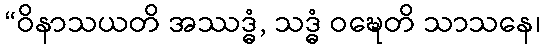
“ဝိနာသယတိ အဿဒ္ဓံ, သဒ္ဓံ ဝဍ္ဎေတိ သာသနေ၊